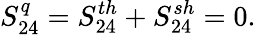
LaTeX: {S_{24}^{q}=S_{24}^{th}+S_{24}^{sh}=0}.